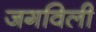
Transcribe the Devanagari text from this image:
जगविली